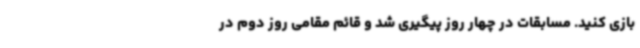
بازی کنید. مسابقات در چهار روز پیگیری شد و قائم مقامی روز دوم در